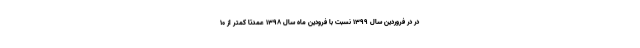
در در فروردین سال 1399 نسبت با فرودین ماه سال 1398 عمدتا کمتر از 10